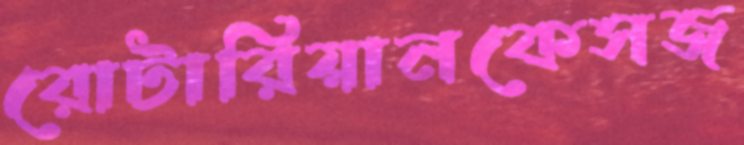
রোটারিয়ানকেসজ